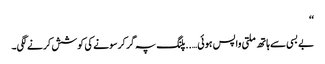
‘‘
بے بسی سے ہاتھ ملتی واپس ہوئی…..پلنگ پہ گر کرسونے کی کوشش کرنے لگی۔